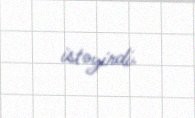
istəyirdi.